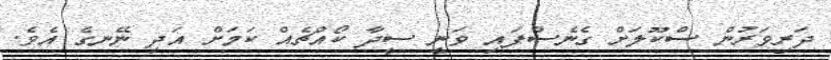
ދަރިވަރުން ސްކޫލަށް ގެނެސްފައި ވަނީ ސީދާ ކޯއްޗެއް ކަމަށް އަދި ނޭނގެ އެވެ.